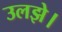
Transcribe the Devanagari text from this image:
उलझे।